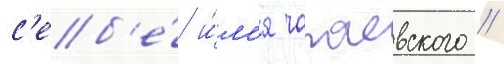
с'еб'е́ и́м'я чапаевского //